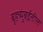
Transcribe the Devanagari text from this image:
बृहन्मुंबईतील